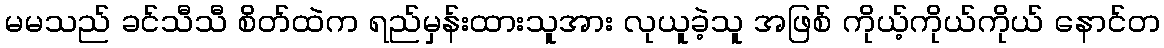
မမသည် ခင်သီသီ စိတ်ထဲက ရည်မှန်းထားသူအား လုယူခဲ့သူ အဖြစ် ကိုယ့်ကိုယ်ကိုယ် နောင်တ